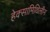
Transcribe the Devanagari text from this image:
हेक्सामिथिलीन